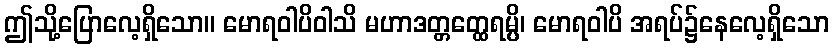
ဤသို့ပြောလေ့ရှိသော။ မောရဝါပိဝါသိ မဟာဒတ္တတ္ထေရမ္ပိ၊ မောရဝါပိ အရပ်၌နေလေ့ရှိသော